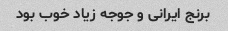
برنج ایرانی و جوجه زیاد خوب بود